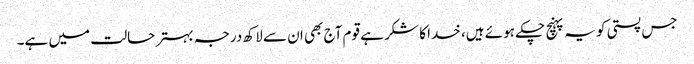
جس پستی کو یہ پہنچ چکے ہوئے ہیں، خدا کا شکر ہے قوم آج بھی ان سے لاکھ درجہ بہتر حالت میں ہے۔